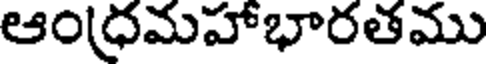
ఆంధ్రమహాభారతము